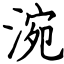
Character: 涴